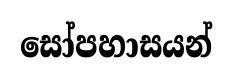
සෝපහාසයන්